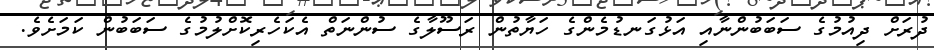
ދުރަށް ދިއުމުގެ ސަބަބުންނާއި އަޅުގަނޑުމެންގެ ހަޔާތުން ރަސޫލާގެ ސުންނަތް އެކަހެރިކޮށްލުމުގެ ސަބަބުން ކަމަށެވެ.